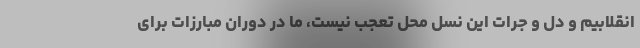
انقلابیم و دل و جرات این نسل محل تعجب نیست، ما در دوران مبارزات برای